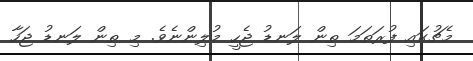
މެޗުގައި ފުރަތަމަ ތިން ލަނޑު ޖެހީ މުލިންނެވެ. މި ތިން ލަނޑު ޖަހާ